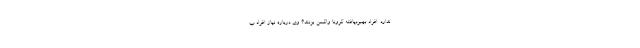
ندارد. افراد بهبودیافته کرونا واکسن بزنند؟ وی درباره نیاز افراد ب